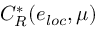
C _ { R } ^ { * } ( e _ { l o c } , \mu )